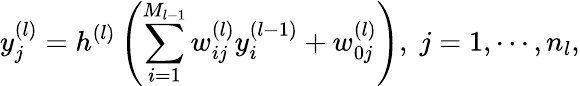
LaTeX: y_{j}^{(l)}=h^{(l)}\left(\sum_{i=1}^{M_{l-1}}w_{ij}^{(l)}y_{i}^{(l-1)}+w_{0j}^{(l)}\right),\; j=1,\cdots,n_{l},